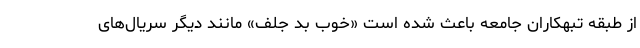
از طبقه تبهکاران جامعه باعث شده است «خوب بد جلف» مانند دیگر سریال‌های